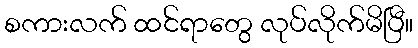
စကားလက် ထင်ရာတွေ လုပ်လိုက်မိပြီ။